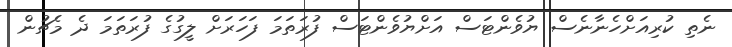
ނެތި ކުރިއަށްހެނާނެސް ޔުވެންޓަސް އަށްޔުވެންޓަސް ފުރަތަމަ ފަހަރަށް ލީގުގެ ފުރަތަމަ ދެ މެޗުން